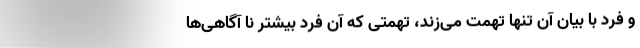
و فرد با بیان آن تنها تهمت می‌زند، تهمتی که آن فرد بیشتر نا آگاهی‌ها